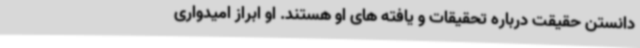
دانستن حقیقت درباره تحقیقات و یافته های او هستند. او ابراز امیدواری